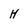
Character: H